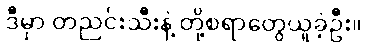
ဒီမှာ တညင်းသီးနဲ့ တို့စရာတွေယူခဲ့ဦး။